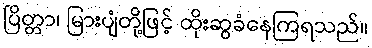
ပြိတ္တာ၊ မြားပျံတို့ဖြင့် ထိုးဆွခံနေကြရသည်။